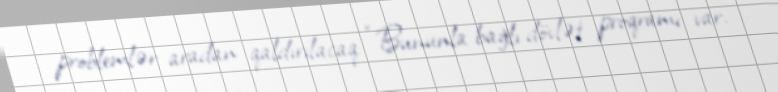
problemlər aradan qaldırılacaq: “Bununla bağlı dövlət proqramı var.